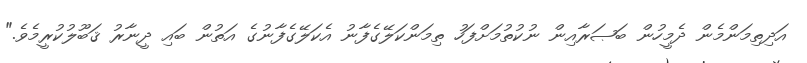
އަދިތިމަންމެން ދެމީހުން ބަޞަރާއިން ނުކުތުމަށްފަހު ތިމަންކަލޭގެފާނު އެކަލޭގެފާނުގެ އަތުން ބައި ދީނާރު ޤަބޫލުކުރީމެވެ."